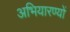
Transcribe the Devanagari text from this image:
अभियारण्यों